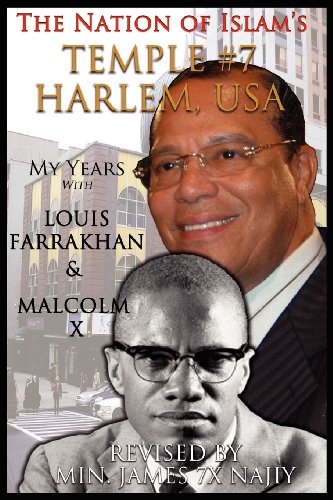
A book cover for The Nation of Islam's Temple #7 Harlem, USA; James 7x Najiy; Literature & Fiction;